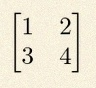
\begin{bmatrix}1&2\\3&4\end{bmatrix}